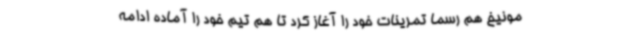
مونیخ هم رسما تمرینات خود را آغاز کرد تا هم تیم خود را آماده ادامه